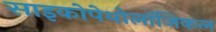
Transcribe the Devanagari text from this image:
साइकोपेथोलॉजिकल